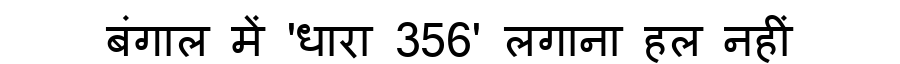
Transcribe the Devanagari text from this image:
बंगाल में 'धारा 356' लगाना हल नहीं